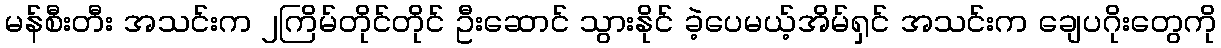
မန်စီးတီး အသင်းက ၂ကြိမ်တိုင်တိုင် ဦးဆောင် သွားနိုင် ခဲ့ပေမယ့်အိမ်ရှင် အသင်းက ချေပဂိုးတွေကို